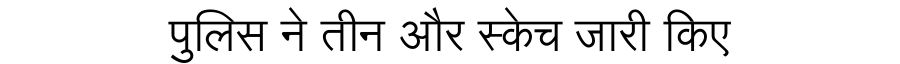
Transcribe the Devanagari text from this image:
पुलिस ने तीन और स्केच जारी किए